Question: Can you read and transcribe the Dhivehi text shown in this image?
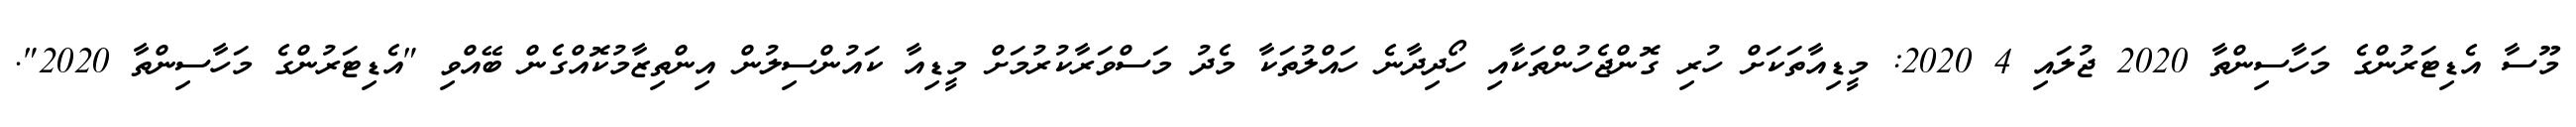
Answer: މޫސާ އެޑިޓަރުންގެ މަހާސިންތާ 2020 ޖުލައި 4 2020: މީޑިއާތަކަށް ހުރި ގޮންޖެހުންތަކާއި ހޯދިދާނެ ހައްލުތަކާ މެދު މަސްވަރާކުރުމަށް މީޑިއާ ކައުންސިލުން އިންތިޒާމުކޮއްގެން ބޭއްވި "އެޑިޓަރުންގެ މަހާސިންތާ 2020".